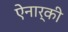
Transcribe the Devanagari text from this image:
ऐनार्की